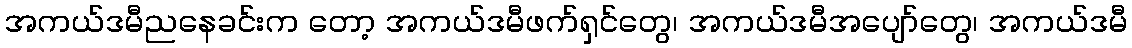
အကယ်ဒမီညနေခင်းက တော့ အကယ်ဒမီဖက်ရှင်တွေ၊ အကယ်ဒမီအပျော်တွေ၊ အကယ်ဒမီ